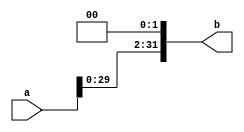
`timescale 1ns / 1ps

module sl2(
    input wire [31:0] a,
    output wire [31:0] b
    );

    assign b = {a[29:0],2'b0};

endmodule